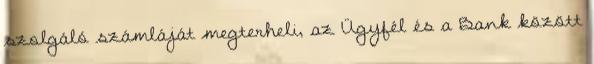
szolgáló számláját megterheli, az Ügyfél és a Bank között